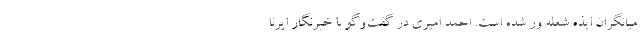
میانگران ایذه شعله ور شده است. احمد امیری در گفت‌وگو با خبرنگار ایرنا